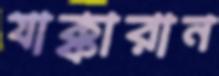
যাক্কারান